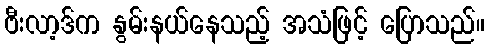
ဗီးလာ့ဒ်က နွမ်းနယ်နေသည့် အသံဖြင့် ပြောသည်။